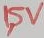
Text: 1,5V